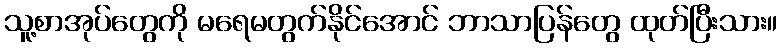
သူ့စာအုပ်တွေကို မရေမတွက်နိုင်အောင် ဘာသာပြန်တွေ ထုတ်ပြီးသား။